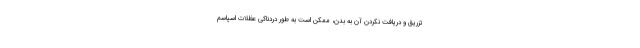
تزریق و دریافت نکردن آن به بدن، ممکن است به طور دردناکی عظلات اسپاسم